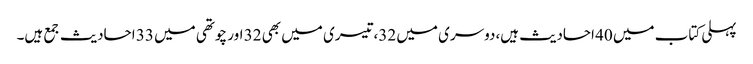
پہلی کتاب میں 40 احادیث ہیں،دوسری میں 32،تیسری میں بھی 32 اور چوتھی میں 33 احادیث جمع ہیں۔